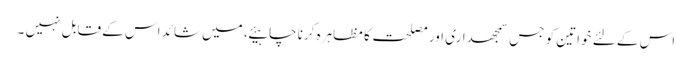
اس کے لئے خواتین کو جس سمجھداری اور مصلحت کا مظاہرہ کرنا چاہیئے ، میں شائد اس کے قابل نہیں ۔